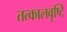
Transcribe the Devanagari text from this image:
तत्कालवृष्टि